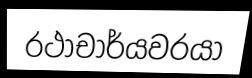
රථාචාර්යවරයා